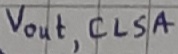
Text: Vout, CLSA